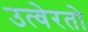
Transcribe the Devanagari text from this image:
उत्वेरतो